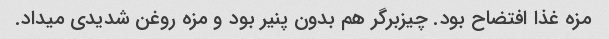
مزه غذا افتضاح بود. چیزبرگر هم بدون پنیر بود و مزه روغن شدیدی میداد.